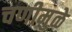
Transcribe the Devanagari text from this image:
चणीमुळे